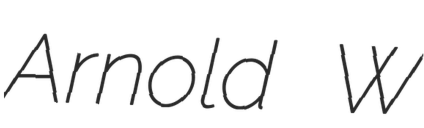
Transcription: Arnold W